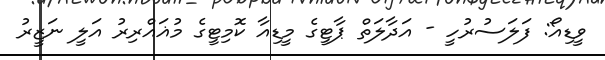
ވީޑިއޯ: ފަލަސުރުހީ - އަދާލަތް ޕާޓީގެ މީޑިއާ ކޮމިޓީގެ މުޣައްރިރު އަލީ ނަޒީރު